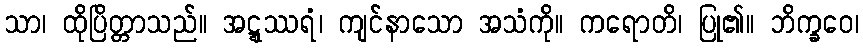
သာ၊ ထိုပြိတ္တာသည်။ အဋ္ဋဿရံ၊ ကျင်နာသော အသံကို။ ကရောတိ၊ ပြု၏။ ဘိက္ခဝေ၊